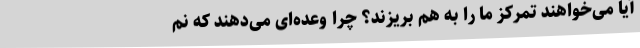
آیا می‌خواهند تمرکز ما را به هم بریزند؟ چرا وعده‌ای می‌دهند که نم